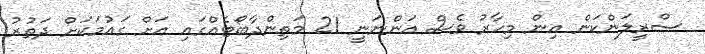
ސްރީލަންކަން އިން މިހާރު ވެސް އަންނަނީ 21 މަތިންދާބޯޓެއްގައި އަށް ގައުމަކަށް ދަތުރު